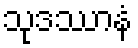
သုဒဿာနံ